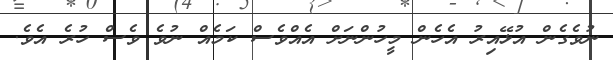
ނުވެގެން އުޅޭއިރު އެހެން މީހުންނަށް އެއްވެސް ކަމެއް ނުވެ ވެސް ހުރެ އެވެ.